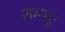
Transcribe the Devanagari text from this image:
शम्भुः